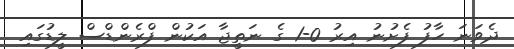
ދެވަނަ ހާފު ފެށުނު އިރު 0-1 ގެ ނަތީޖާ އަކުން ފްރެންޑްސް ލީޑުގައި